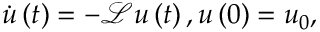
\dot { u } \left( t \right) = - \mathscr { L } u \left( t \right) , u \left( 0 \right) = u _ { 0 } ,